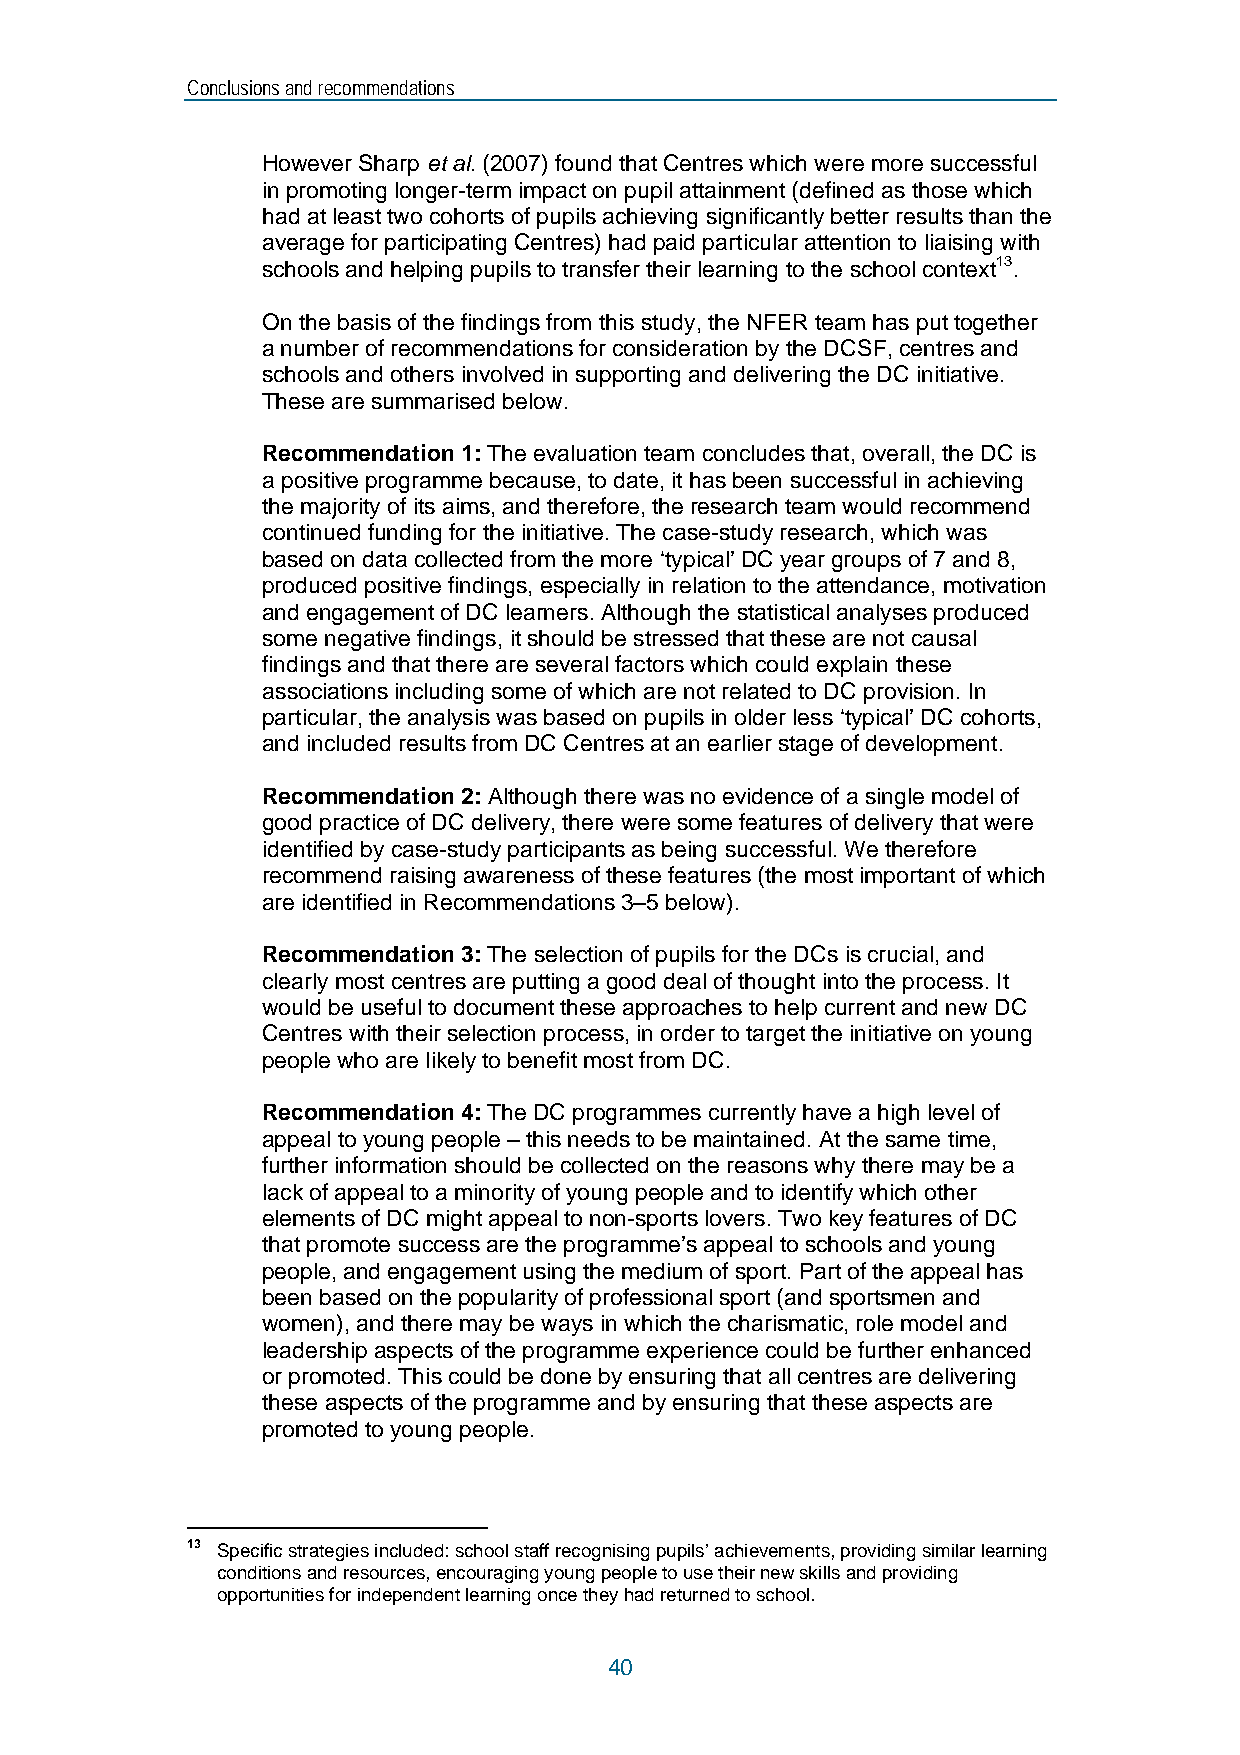
Conclusions and recommendations
 However Sharp et al. (2007) found that Centres which were more successful
 in promoting longer-term impact on pupil attainment (defined as those which
 had at least two cohorts of pupils achieving significantly better results than the
 average for participating Centres) had paid particular attention to liaising with
 schools and helping pupils to transfer their learning to the school context13.
 On the basis of the findings from this study, the NFER team has put together
 a number of recommendations for consideration by the DCSF, centres and
 schools and others involved in supporting and delivering the DC initiative.
 These are summarised below.
 Recommendation 1: The evaluation team concludes that, overall, the DC is
 a positive programme because, to date, it has been successful in achieving
 the majority of its aims, and therefore, the research team would recommend
 continued funding for the initiative. The case-study research, which was
 based on data collected from the more ‘typical’ DC year groups of 7 and 8,
 produced positive findings, especially in relation to the attendance, motivation
 and engagement of DC learners. Although the statistical analyses produced
 some negative findings, it should be stressed that these are not causal
 findings and that there are several factors which could explain these
 associations including some of which are not related to DC provision. In
 particular, the analysis was based on pupils in older less ‘typical’ DC cohorts,
 and included results from DC Centres at an earlier stage of development.
 Recommendation 2: Although there was no evidence of a single model of
 good practice of DC delivery, there were some features of delivery that were
 identified by case-study participants as being successful. We therefore
 recommend raising awareness of these features (the most important of which
 are identified in Recommendations 3–5 below).
 Recommendation 3: The selection of pupils for the DCs is crucial, and
 clearly most centres are putting a good deal of thought into the process. It
 would be useful to document these approaches to help current and new DC
 Centres with their selection process, in order to target the initiative on young
 people who are likely to benefit most from DC.
 Recommendation 4: The DC programmes currently have a high level of
 appeal to young people – this needs to be maintained. At the same time,
 further information should be collected on the reasons why there may be a
 lack of appeal to a minority of young people and to identify which other
 elements of DC might appeal to non-sports lovers. Two key features of DC
 that promote success are the programme’s appeal to schools and young
 people, and engagement using the medium of sport. Part of the appeal has
 been based on the popularity of professional sport (and sportsmen and
 women), and there may be ways in which the charismatic, role model and
 leadership aspects of the programme experience could be further enhanced
 or promoted. This could be done by ensuring that all centres are delivering
 these aspects of the programme and by ensuring that these aspects are
 promoted to young people.
 13 Specific strategies included: school staff recognising pupils’ achievements, providing similar learning
 conditions and resources, encouraging young people to use their new skills and providing
 opportunities for independent learning once they had returned to school.
 40